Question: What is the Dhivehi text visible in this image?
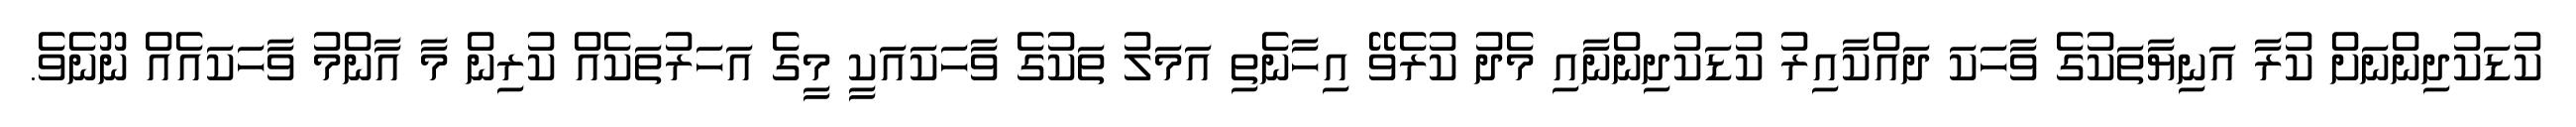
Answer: ކުޑަކުދިންނަށް ކުރާ އަނިޔާތަކުގެ ވާހަކަ ދައްކާއިރު ކުޑަކުދިންނާއި މެދު ކުރެވޭ އިހާނެތި އަމަލު ތަކުގެ ވާހަކައަކީ މީގެ އަހަރުތަކެއް ކުރިން މާ އާންމު ވާހަކައެއް ނޫނެވެ.